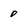
Character: 0